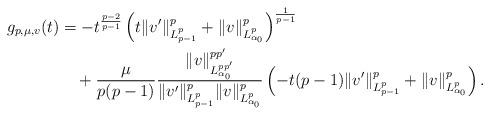
LaTeX: \begin{align*}g_{p,\mu,v}(t)&=-t^{\frac{p-2}{p-1}}\left(t\|v'\|_{L^p_{p-1}}^p+\|v\|_{L^p_{\alpha_0}}^p\right)^{\frac{1}{p-1}}\\&\quad+\dfrac{\mu}{p(p-1)}\dfrac{\|v\|_{L^{pp'}_{\alpha_0}}^{pp'}}{\|v'\|^p_{L^p_{p-1}}\|v\|_{L^{p}_{\alpha_0}}^{p}}\left(-t(p-1)\|v'\|^p_{L^p_{p-1}}+\|v\|_{L^{p}_{\alpha_0}}^{p}\right).\end{align*}